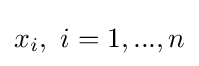
x_{i},\ i=1,...,n